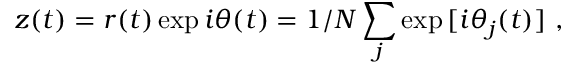
z ( t ) = r ( t ) \exp { i \theta ( t ) } = 1 / N \sum _ { j } \exp { [ i \theta _ { j } ( t ) } ] \ ,